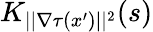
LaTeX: K_{||\nabla\tau(x^{\prime})||^{2}}(s)